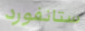
ستانفورد